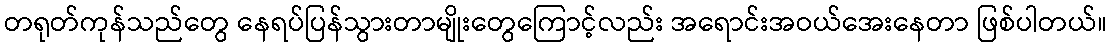
တရုတ်ကုန်သည်တွေ နေရပ်ပြန်သွားတာမျိုးတွေကြောင့်လည်း အရောင်းအဝယ်အေးနေတာ ဖြစ်ပါတယ်။